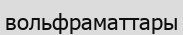
вольфраматтары